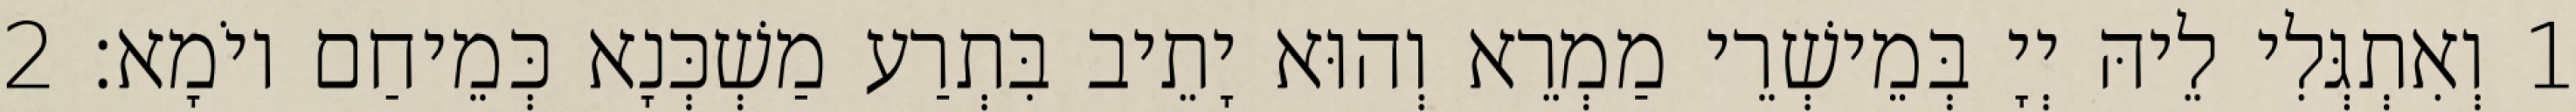
1 וְאִתְגְּלִי לֵיהּ יְיָ בְּמֵישְׁרֵי מַמְרֵא וְהוּא יָתֵיב בִּתְרַע מַשְׁכְּנָא כְּמֵיחַם יוֹמָא׃ 2